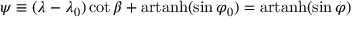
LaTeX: \psi \equiv ( \lambda - \lambda _ { 0 } ) \cot \beta + \operatorname { a r t a n h } ( \sin \varphi _ { 0 } ) = \operatorname { a r t a n h } ( \sin \varphi )